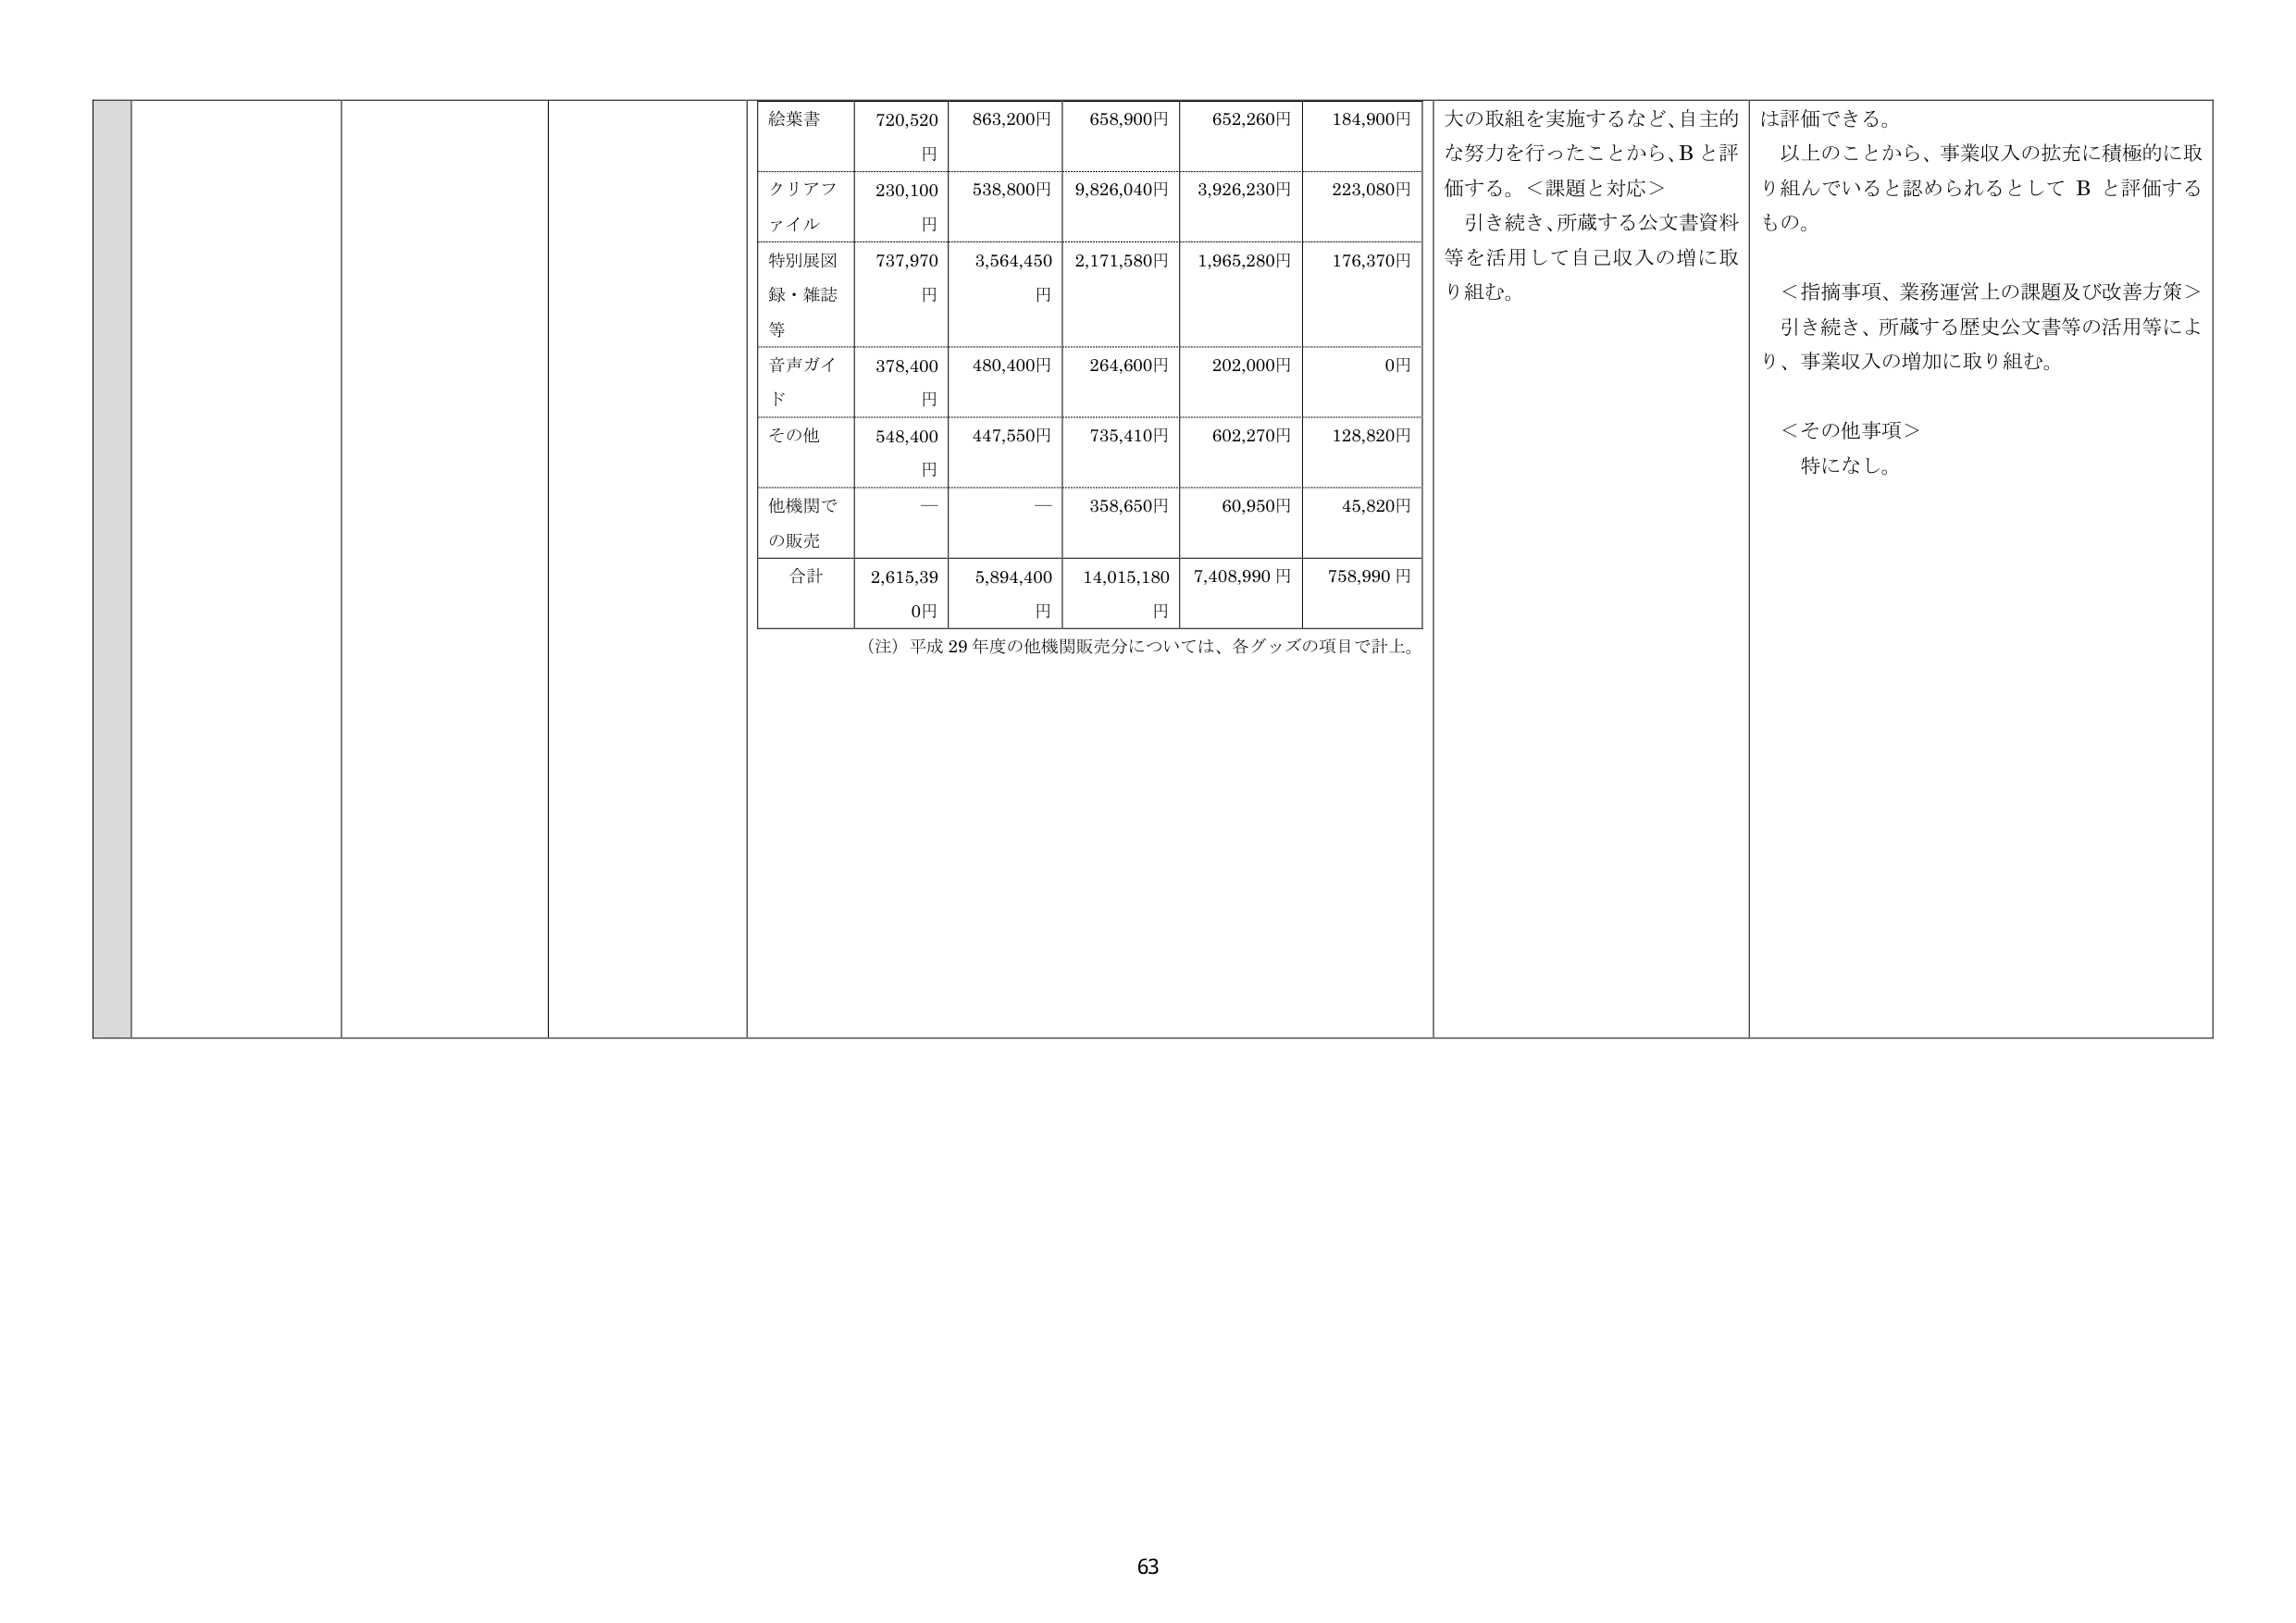
絵葉書 720,520円 863,200円 658,900円 652,260円 184,900円
クリアファイル 230,100円 538,800円 9,826,040円 3,926,230円 223,080円
特別展図録・雑誌等 737,970円 3,564,450円 2,171,580円 1,965,280円 176,370円
音声ガイド 378,400円 480,400円 264,600円 202,000円 0円
その他 548,400円 447,550円 735,410円 602,270円 128,820円
他機関での販売 — — 358,650円 60,950円 45,820円
合計 2,615,390円 5,894,400円 14,015,180円 7,408,990円 758,990円
（注）平成29年度の他機関販売分については、各グッズの項目で計上。
大の取組を実施するなど、自主的な努力を行ったことから、Bと評価する。＜課題と対応＞引き続き、所蔵する公文書資料等を活用して自己収入の増に取り組む。
は評価できる。
以上のことから、事業収入の拡充に積極的に取り組んでいると認められるとしてBと評価するもの。
＜指摘事項、業務運営上の課題及び改善方策＞引き続き、所蔵する歴史公文書等の活用等により、事業収入の増加に取り組む。
＜その他事項＞特になし。
63